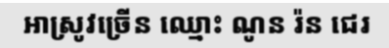
អាស្រូវច្រើន ឈ្មោះ ណូន រ៉ន ជេរ